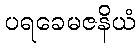
ပရခေမဇနိယံ